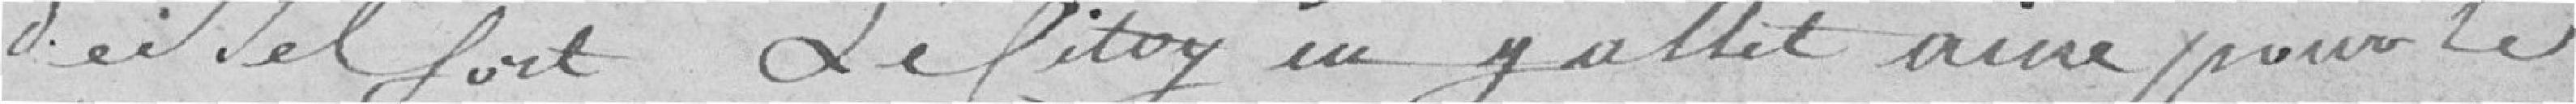
de Belfort, le Citoyen Jallet Aimé pour le